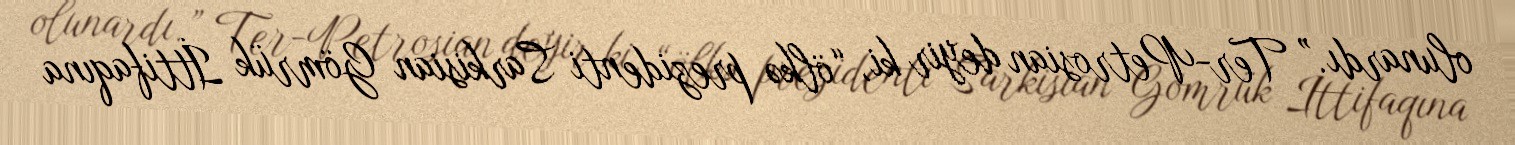
olunardı.” Ter-Petrosian deyir ki, “ölkə prezidenti Sarkisian Gömrük İttifaqına